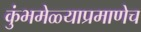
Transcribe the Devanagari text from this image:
कुंभमेळ्याप्रमाणेच